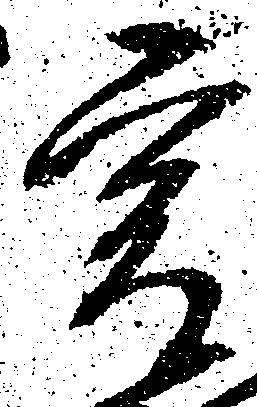
爰